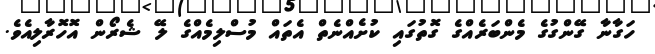
ހަގާނާ ގޭންގުގެ މެންބަރެއްގެ ގޮތުގައި ކުށެއްނެތް އެތައް މުސްލިމެއްގެ ލޭ ޝެރޯން އޮހޮރާލިއެވެ.